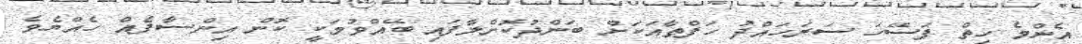
އެންމެ ހިތް ފަސޭހަ ސަރަހައްދު ހަފްތާއަކަށް ބަންދުކޮށްލާފައި ބޭއްވުމަކީ ކޮން އިންސާފެއް ހެއްޔެވެ